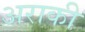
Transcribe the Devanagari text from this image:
अराकी